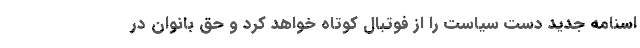
اسنامه جدید دست سیاست را از فوتبال کوتاه خواهد کرد و حق بانوان در